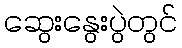
ဆွေးနွေးပွဲတွင်